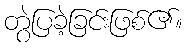
တွဲပြခဲ့ခြင်းဖြစ်၏။